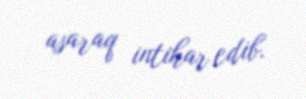
asaraq intihar edib.